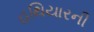
હથિયારની